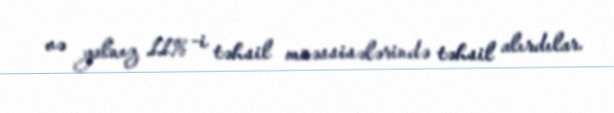
və yalnız 11% -i təhsil müəssisələrində təhsil alırdılar.